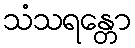
သံသရန္တော